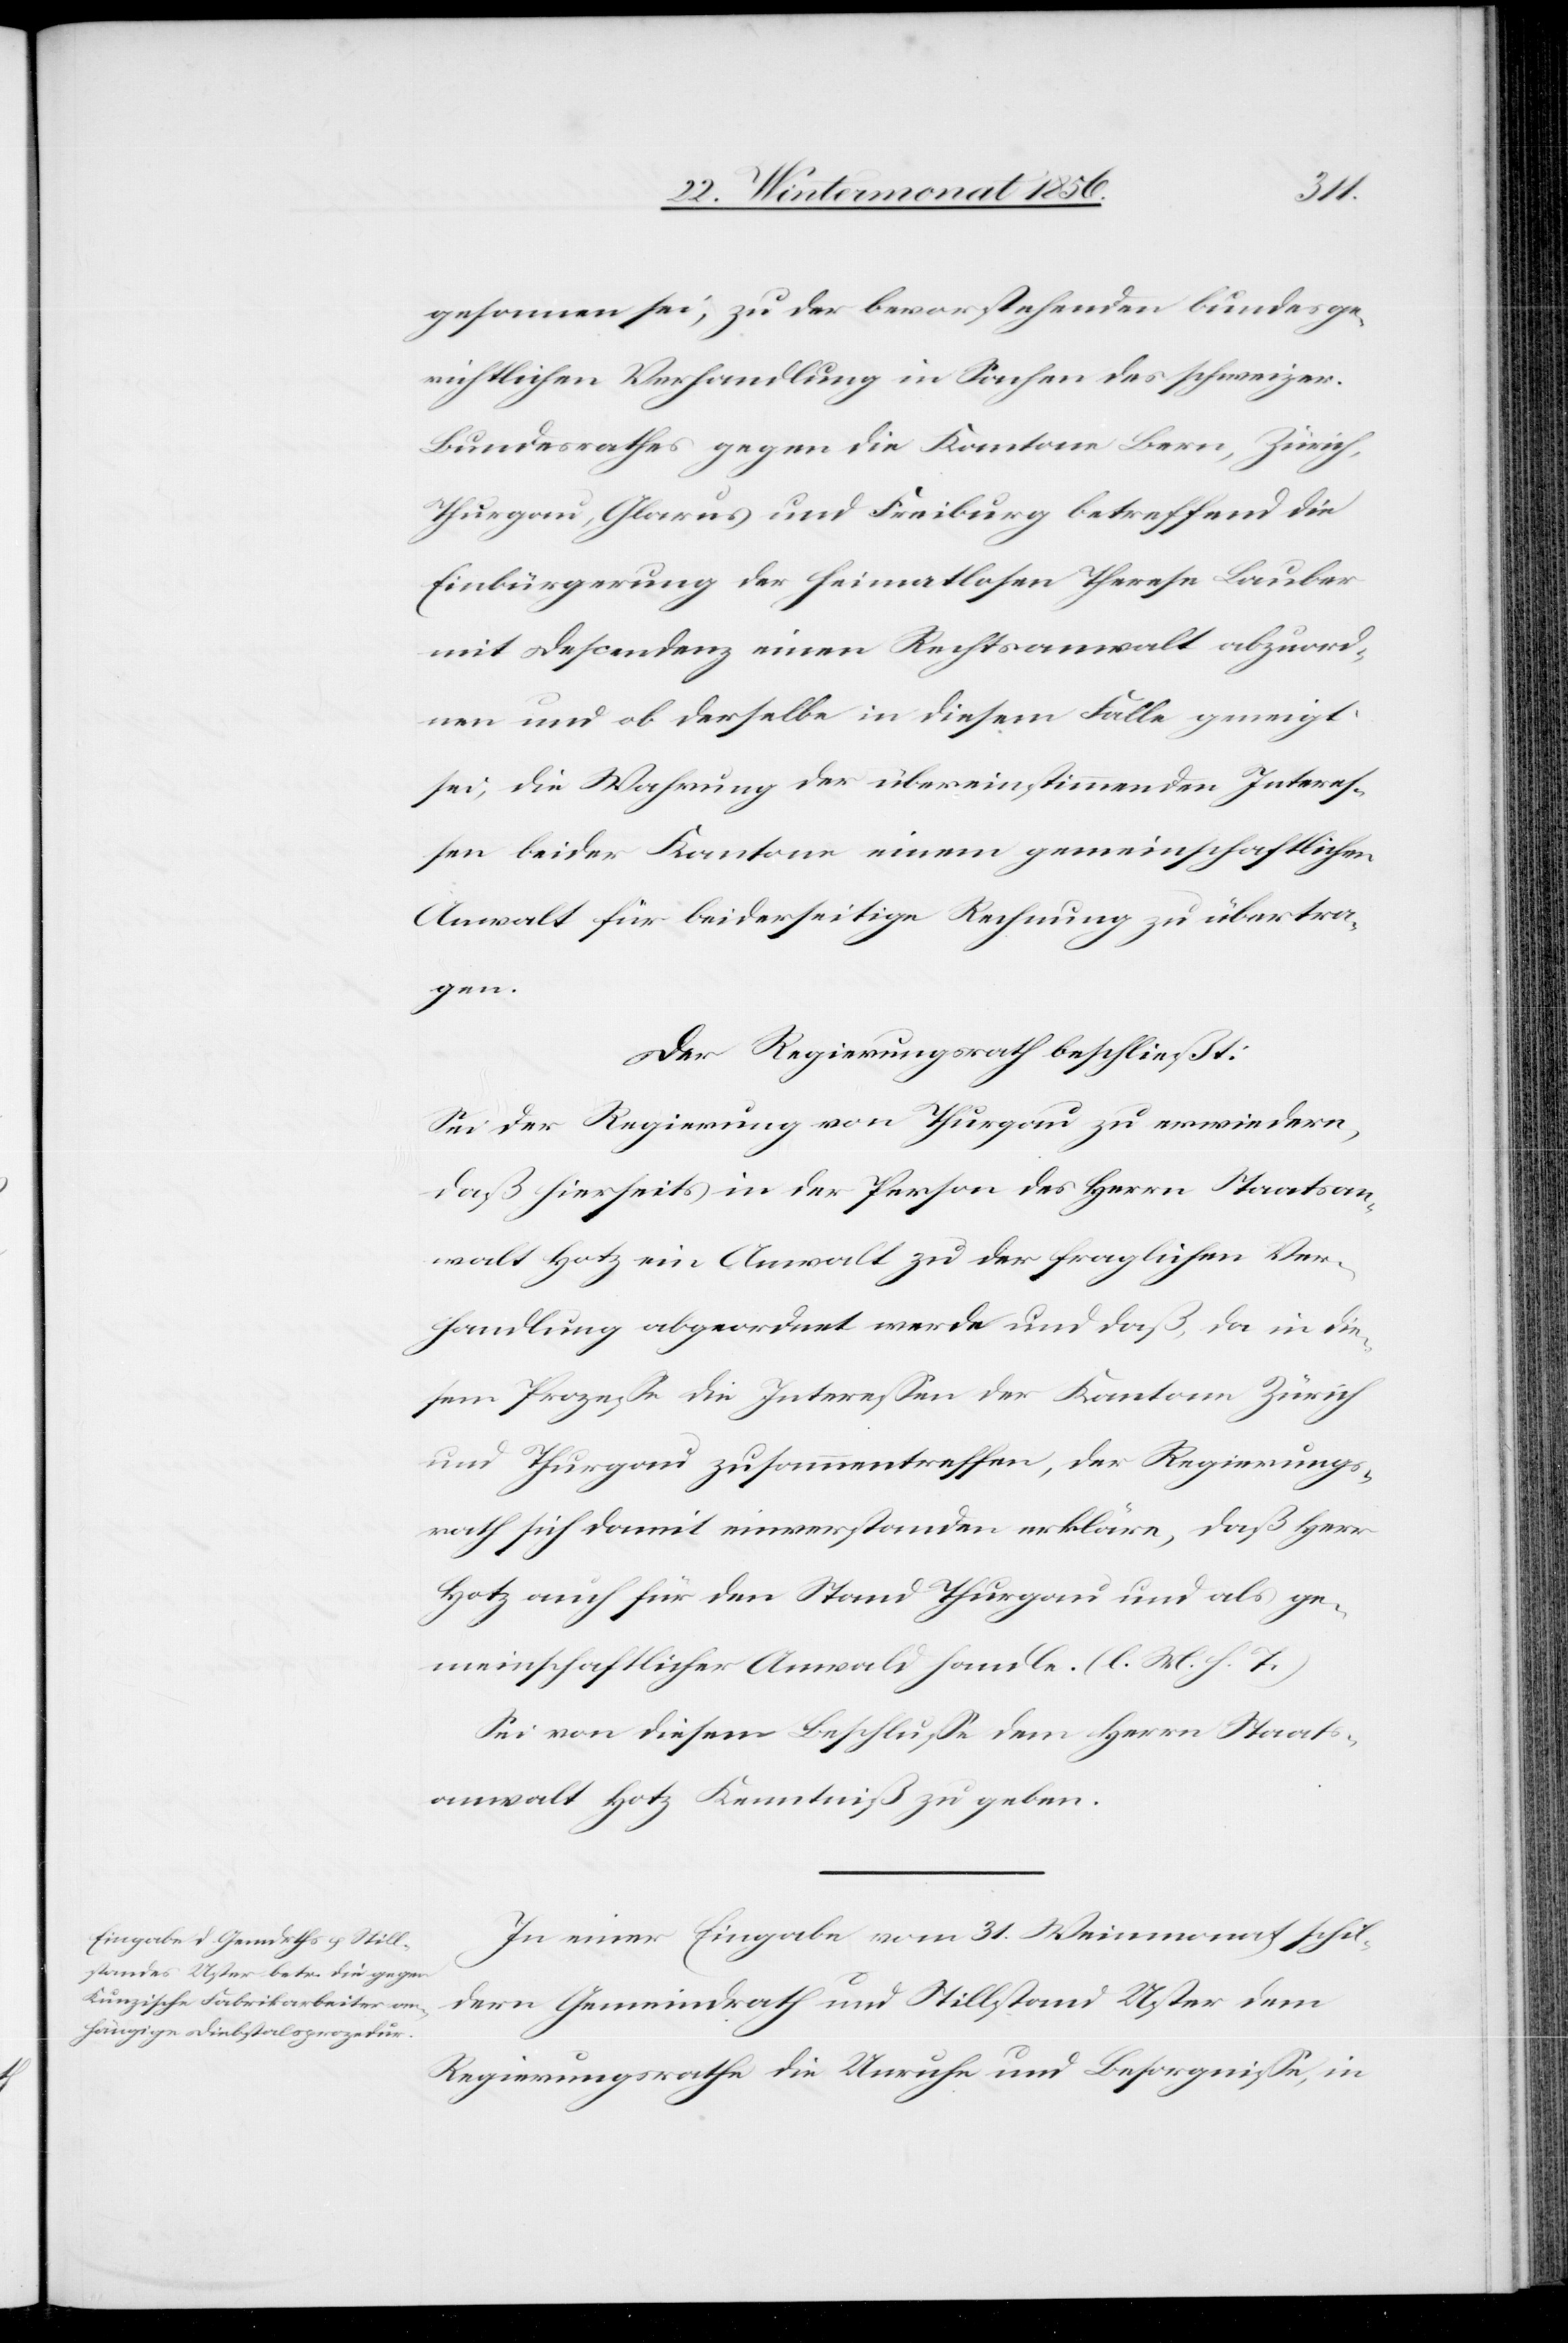
gesonnen sei, zu der bevorstehenden bundesge¬
richtlichen Verhandlung in Sachen des schweizer.
Bundesrathes gegen die Kantone Bern, Zürich,
Thurgau, Glarus und Freiburg betreffend die
Einbürgerung der heimatlosen Theresa Lauber
mit Descendenz einen Rechtsanwalt abzuord¬
nen und ob derselbe in diesem Falle geneigt
sei, die Wahrung der übereinstimmenden Interes¬
sen beider Kantone einem gemeinschaftlichen
Anwalt für beiderseitige Rechnung zu übertra¬
gen.
Der Regierungsrath beschließt:
Sei der Regierungsrath von Thurgau zu erwiedern,
daß hierseits in der Person des Herrn Staatsan¬
walt Hotz ein Anwalt zu der fraglichen Ver¬
handlung abgeordnet werde und daß, da in die¬
sem Prozesse die Interessen der Kantone Zürich
und Thurgau zusammentreffen, der Regierungs¬
rath sich damit einverstanden erkläre, daß Herr
Hotz auch für den Stand Thurgau und als ge¬
meinschaftlicher Anwald [sic!] handle. (l. M. h. T.)
Sei von diesem Beschlusse dem Herrn Staats¬
anwalt Hotz Kenntniß zu geben.
In einer Eingabe vom 31. Weinmonat schil¬
dern Gemeindrath und Stillstand Uster dem
Regierungsrathe die Unruhe und Besorgnisse, in